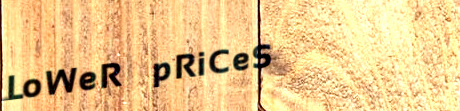
LoWeR pRiCeS